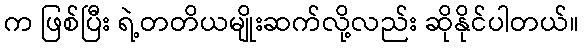
က ဖြစ်ပြီး ရဲ့တတိယမျိုးဆက်လို့လည်း ဆိုနိုင်ပါတယ်။